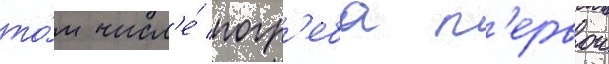
то́м числ'е́ погр'еба п'ервои